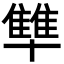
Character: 𪟻